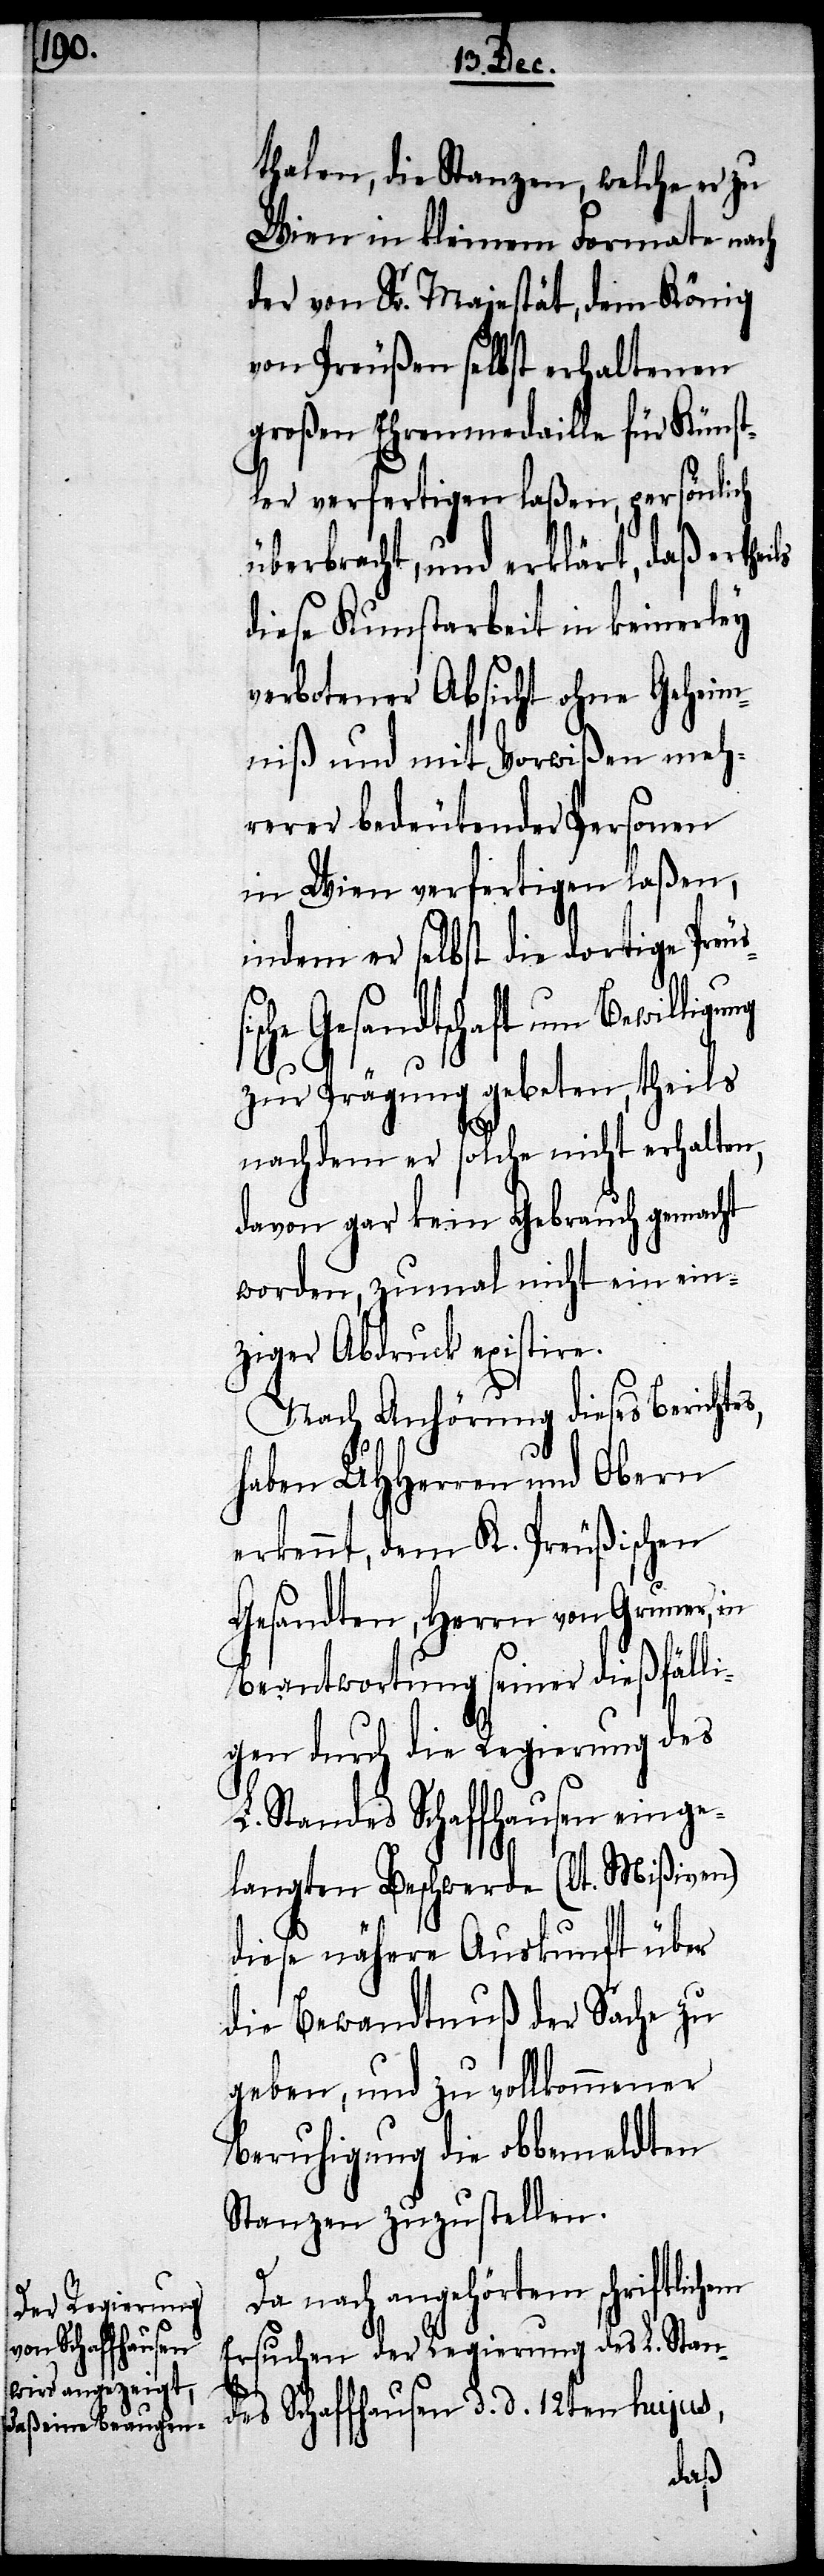
thalen, die Stanzen, welche er zu
Wien in kleinem Formate nach
der von Sr. Majestät, dem König
von Preußen selbst erhaltenen
großen Ehrenmedaille für Künst¬
ler verfertigen laßen, persönlich
überbracht, und erklärt, daß er
diese Kunstarbeit in keinerley
verbotener Absicht ohne Geheim¬
niß und mit Vorwißen meh¬
rerer bedeutender Personen
in Wien verfertigen laßen,
indem er selbst die dortige Preu¬
zur Prägung gebeten, theils
nachdem er solche nicht erhalten,
davon gar kein Gebrauch gemacht
worden, zumal nicht ein ein¬
ziger Abdruck existire.
Nach Anhörung diese Berichtes,
haben UHHerren und Obern
erkennt, dem K. Preußischen
Gesandten, Herrn von Gruner, in
Beantwortung seiner dießfälli¬
gen durch die Regierung des
L. Standes Schaffhausen einge¬
langten Beschwerde (lt. Mißiven)
diese nähere Auskunft über
die Bewandtnuß der Sache zu
geben, und zu vollkommener
Beruhigung die obbemeldten
Stanzen zuzustellen.
Da nach angehörtem schriftlic¬
es Schaffhausen
Ersuchen der Regierung des L. Stand¬
hen